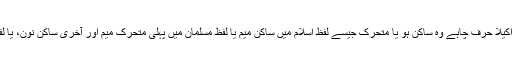
یک حرفی ہجّا یا ہجّائے کوتاہ – کسی بھی لفظ میں اکیلا حرف چاہے وہ ساکن ہو یا متحرک جیسے لفظ اسلام میں ساکن میم یا لفظ مسلمان میں پہلی متحرک میم اور آخری ساکن نون، یا لفظ ‘صریر’ میں صاد متحرک اور آخری رے ساکن۔